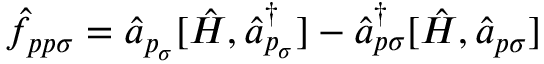
\hat { f } _ { p p \sigma } = \hat { a } _ { p _ { \sigma } } [ \hat { H } , \hat { a } _ { p _ { \sigma } } ^ { \dagger } ] - \hat { a } _ { p \sigma } ^ { \dagger } [ \hat { H } , \hat { a } _ { p \sigma } ]